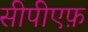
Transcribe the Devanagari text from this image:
सीपीएफ़